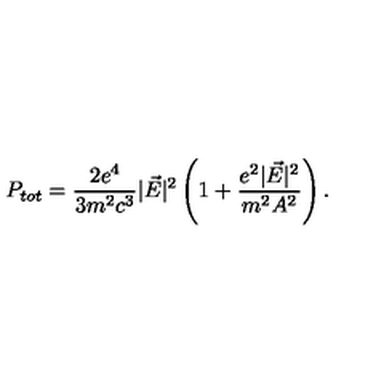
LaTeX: P _ { t o t } = \frac { 2 e ^ { 4 } } { 3 m ^ { 2 } c ^ { 3 } } | \vec { E } | ^ { 2 } \left( 1 + \frac { e ^ { 2 } | \vec { E } | ^ { 2 } } { m ^ { 2 } A ^ { 2 } } \right) { . }